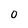
Character: 0